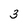
Character: 3